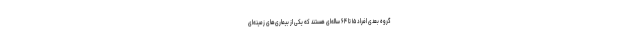
گروه بعدی افراد ۱۵ تا ۶۴ ساله‌ای هستند که یکی از بیماری‌های زمینه‌ای